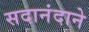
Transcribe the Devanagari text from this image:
सदानंदाने